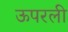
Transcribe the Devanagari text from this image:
ऊपरली